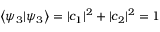
\left\langle \psi _ { 3 } | \psi _ { 3 } \right\rangle = | c _ { 1 } | ^ { 2 } + | c _ { 2 } | ^ { 2 } = 1